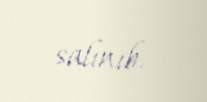
salınıb.